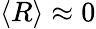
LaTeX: \langle R\rangle\approx 0